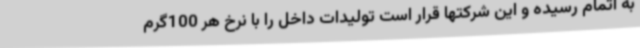
به اتمام رسیده و این شرکتها قرار است تولیدات داخل را با نرخ هر 100گرم